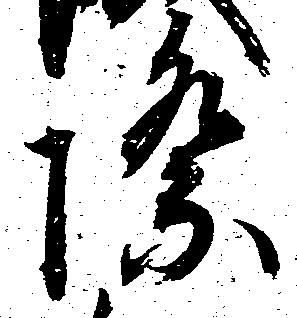
際